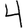
Digit: 4